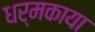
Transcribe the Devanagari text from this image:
धर्मकाया